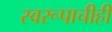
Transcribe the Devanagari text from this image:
स्वरूपाचीही